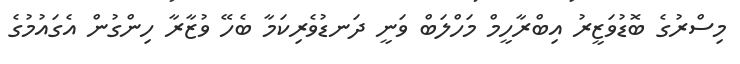
މިސްރުގެ ބޮޑުވަޒީރު އިބްރާހީމް މަހްލަބް ވަނީ ދަނޑުވެރިކަމާ ބެހޭ ވުޒާރާ ހިންގުން އެގައުމުގެ